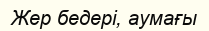
Жер бедері, аумағы